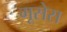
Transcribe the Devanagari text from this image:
गूसेस